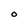
Character: O